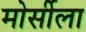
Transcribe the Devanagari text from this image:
मोर्सीला